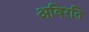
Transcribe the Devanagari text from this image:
अविरति